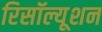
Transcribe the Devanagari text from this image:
रिसॉल्यूशन